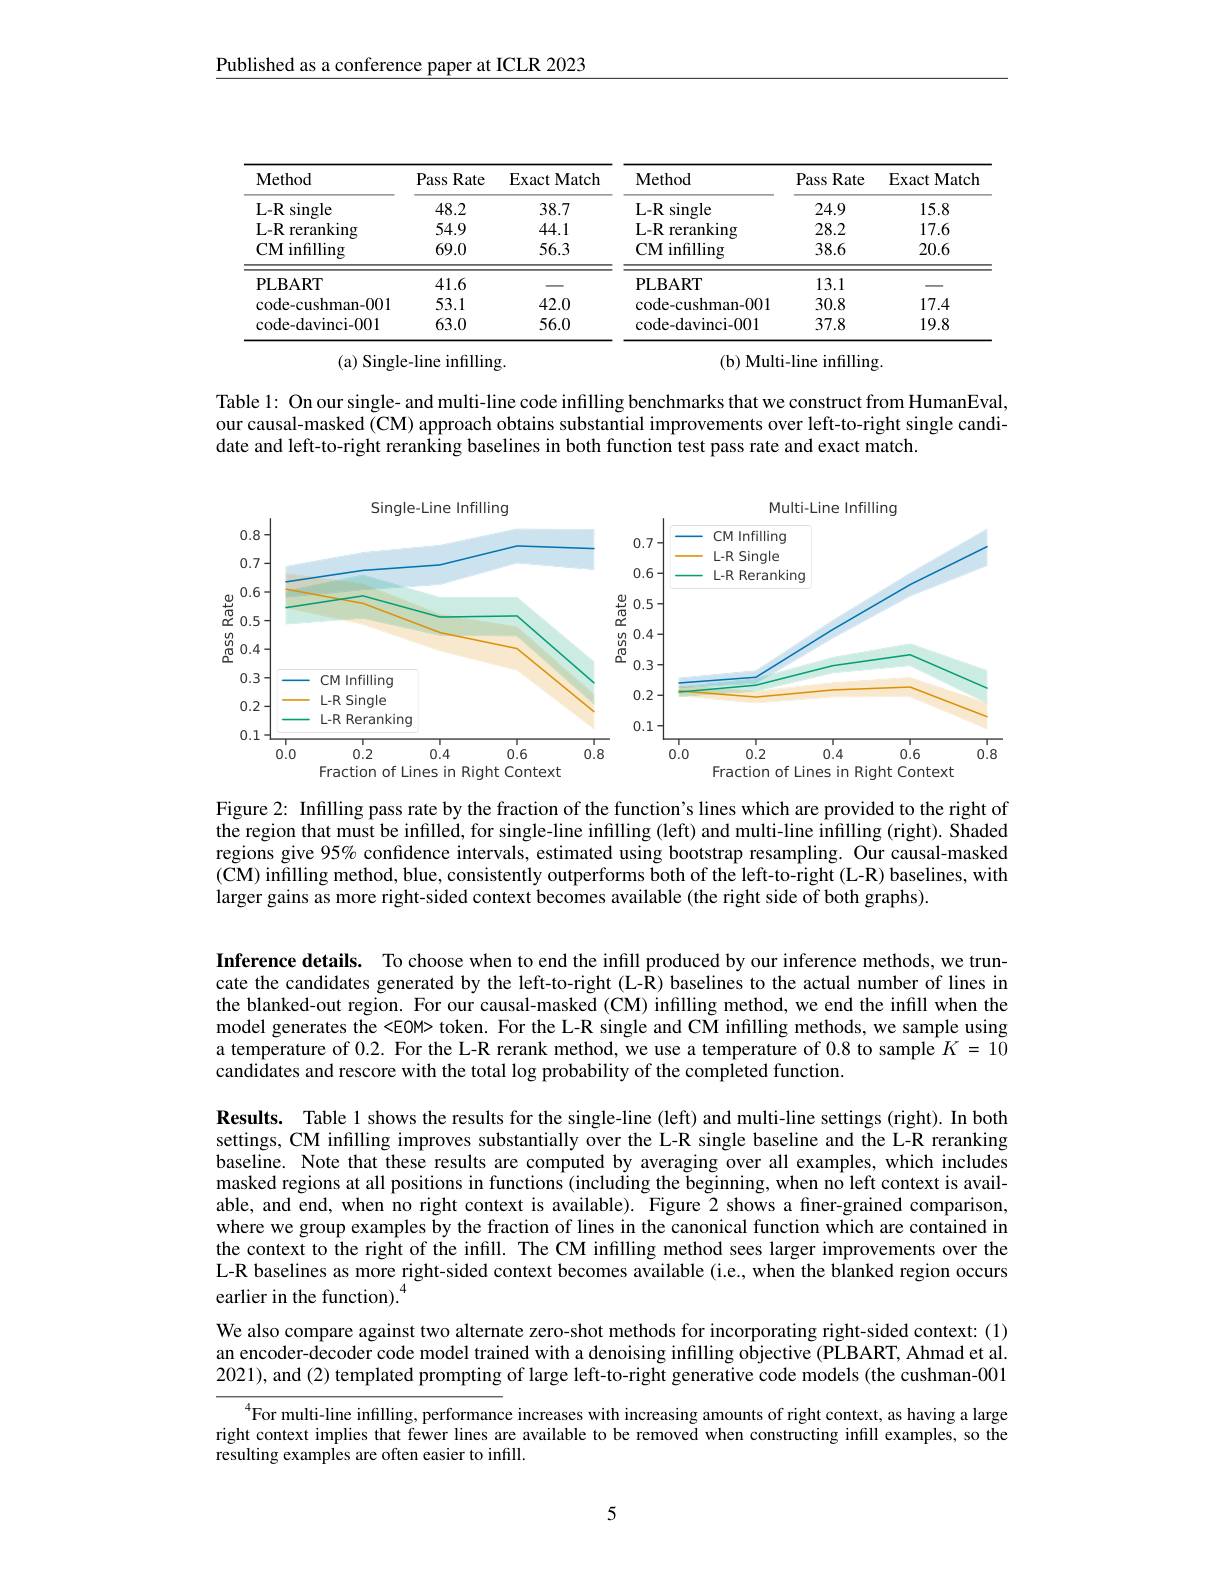
Published as a conference paper at ICLR 2023

<table>
	<tbody>
		<tr>
			<th rowspan="4">Method $L-Rs$ $\sin$gle L-R reranking CM infilling</th>
			<th rowspan="4">Pass Rate 48.2 54.9 69.0</th>
			<th rowspan="4">Exact Match 38.7 44.1 56.3</th>
			<th rowspan="4">Method $L-Rs$ $\sin$gle L-R reranking CM infilling</th>
			<th rowspan="4">Pass s Rate 24.9 28.2 38.6</th>
			<th rowspan="4">Exact Match 15.8 17.6 20.6</th>
		</tr>
		<tr>
			<td>PLBART</td>
			<td>41.6</td>
			<td> </td>
			<td>PLBART</td>
			<td>13.1</td>
			<td>-</td>
		</tr>
		<tr>
			<td>code- cushman- 001</td>
			<td>53.1</td>
			<td>42.0</td>
			<td>${\mathrm{code-cushman-001}}$</td>
			<td>30.8</td>
			<td>17.4</td>
		</tr>
		<tr>
			<td>code- davinci- 001</td>
			<td>63.0</td>
			<td>56.0</td>
			<td>code- davinci- 001</td>
			<td>37.8</td>
			<td>19.8</td>
		</tr>
	</tbody>
</table>
(b) Multi-line infilling.

(a) Single-line infilling.

Table 1: On our single- and multi-line code infilling benchmarks that we construct from HumanEval, our causal-masked (CM) approach obtains substantial improvements over left-to-right single candidate and left-to-right reranking baselines in both function test pass rate and exact match.

<FigureHere>

Figure 2: Infilling pass rate by the fraction of the function's lines which are provided to the right of the region that must be infilled, for single-line infilling (left) and multi-line infilling (right). Shaded regions give 95% confidence intervals, estimated using bootstrap resampling. Our causal-masked $(\mathbf{CM})$ infilling method, blue, consistently outperforms both of the left-to-right (L-R) baselines, with larger gains as more right-sided context becomes available (the right side of both graphs).

Inference details. To choose when to end the infill produced by our inference methods, we truncate the candidates generated by the left-to-right (L-$\hat{\mathbb{R}})\dot{\text{baselinestotheactualnumberoflinesin}}$ the blanked-out region. For our causal-masked (CM) infilling method, we end the infill when the model generates the <EOM> token. For the L-R single and CM infilling methods, we sample using a temperature of 0.2. For the L-R rerank method, we use a temperature of 0.8 to sample $K=10$ candidates and rescore with the total log probability of the completed function.

Results. Table 1 shows the results for the single-line (left) and multi-line settings (right). In both settings, CM infilling improves substantially over the L-R single baseline and the L-R reranking baseline. Note that these results are computed by averaging over all examples, which includes masked regions at all positions in functions (including the beginning, when no left context is available, and end, when no right context is available). Figure 2 shows a finer-grained comparison, where we group examples by the fraction of lines in the canonical function which are contained in the context to the right of the infill. The CM infilling method sees larger improvements over the L-R baselines as more right-sided context becomes available (i.e., when the blanked region occurs earlier in the function).$^{4}$

We also compare against two alternate zero-shot methods for incorporating right-sided context: (1) an encoder-decoder code model trained with a denoising infilling objective (PLBART, Ahmad et al. 2021), and (2) templated prompting of large left-to-right generative code models (the cushman-001

$^{4}$For multi-line infilling, performance increases with increasing amounts of right context, as having a large right context implies that fewer lines are available to be removed when constructing infill examples, so the resulting examples are often easier to infill.

5